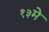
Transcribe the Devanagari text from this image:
१३मे